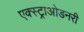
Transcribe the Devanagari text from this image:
एक्स्ट्राओडनरी